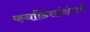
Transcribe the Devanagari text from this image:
फर्नांडिसांनंतरचे